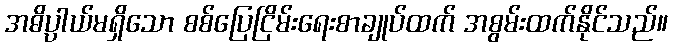
အဓိပ္ပာယ်မရှိသော စစ်ပြေငြိမ်းရေးစာချုပ်ထက် အစွမ်းထက်နိုင်သည်။